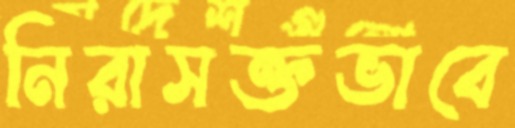
নিরাসক্তভাবে